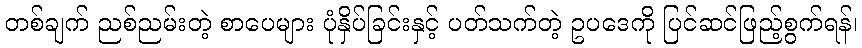
တစ်ချက် ညစ်ညမ်းတဲ့ စာပေများ ပုံနှိပ်ခြင်းနှင့် ပတ်သက်တဲ့ ဥပဒေကို ပြင်ဆင်ဖြည့်စွက်ရန်၊